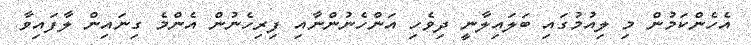
އެހެންކަމުން މި ލިއުމުގައި ބަލައިލާނީ ދިވެހި އަންހެނުންނާއި ފިރިހެނުން އެންމެ ގިނައިން ލާފައިވާ